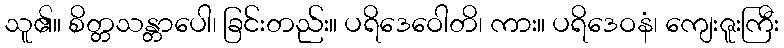
သူ၏။ စိတ္တသန္တာပေါ၊ ခြင်းတည်း။ ပရိဒေဝေါတိ၊ ကား။ ပရိဒေဝနံ၊ ကျေးဇူးကြီး